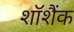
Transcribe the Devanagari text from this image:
शॉशैंक